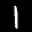
Label: 1